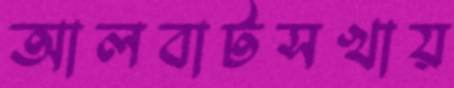
আলবাটসখায়